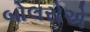
બોલરોએ